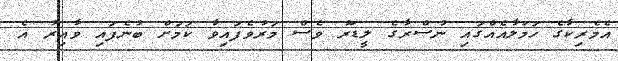
އެމެރިކާގެ ހަމަލާއެއްގައި ނުސްރާގެ ލީޑަރު ވެސް މަރުވެފައިވާ ކަމަށް ބުނެފައި ވާއިރު އެ